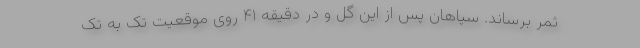
ثمر برساند. سپاهان پس از این گل و در دقیقه ۴۱ روی موقعیت تک به تک